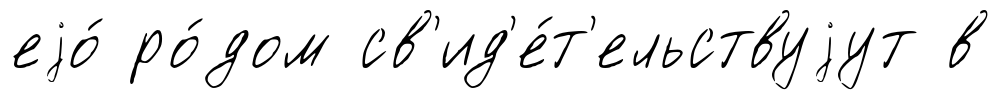
еjо́ ро́дом св'ид'е́т'ельствуjут в